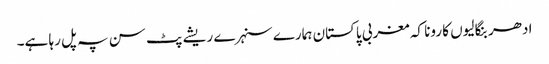
ادھر بنگالیوں کا رونا کہ مغربی پاکستان ہمارے سنہرے ریشے پٹ سن پہ پل رہا ہے۔